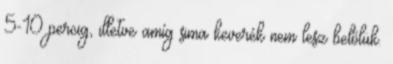
5-10 percig, illetve amíg sima keverék nem lesz belőlük.